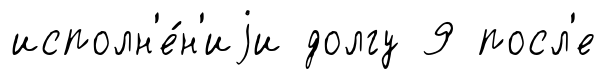
исполн'е́н'иjи долгу 9 посл'е